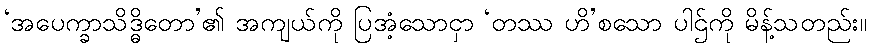
‘အပေက္ခာသိဒ္ဓိတော’၏ အကျယ်ကို ပြအံ့သောငှာ ‘တဿ ဟိ’စသော ပါဌ်ကို မိန့်သတည်း။